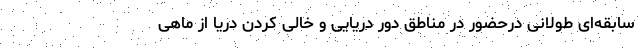
سابقه‌ای طولانی درحضور در مناطق دور دریایی و خالی کردن دریا از ماهی